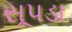
સૂપડા